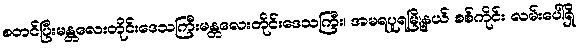
စတင်ပြီးမန္တလေးတိုင်းဒေသကြီးမန္တလေးတိုင်းဒေသကြီး၊ အမရပူရမြို့နယ် စစ်ကိုင်း လမ်းပေါ်ရှိ